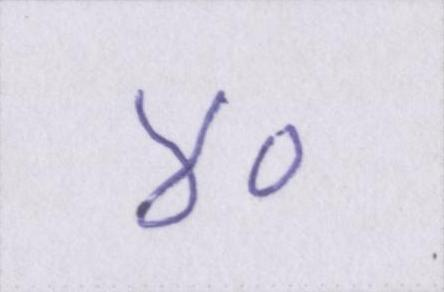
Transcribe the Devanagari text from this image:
४०